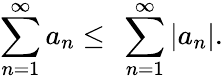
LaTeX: \sum_{n=1}^{\infty}a_{n}\leq\ \sum_{n=1}^{\infty}\left|a_{n}\right\vert.